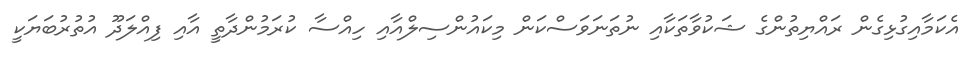
އެކަމާއިގުޅިގެން ރައްޔިތުންގެ ޝަކުވާތަކާއި ނުތަނަވަސްކަން މިކައުންސިލްއާއި ހިއްސާ ކުރަމުންދާތީ އާއި ފިއްލަދޫ އުތުރުބަޔަކީ